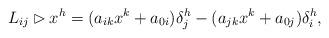
LaTeX: \begin{align*} L_{ij}\rhd x^h =(a_{ik}x^k+a_{0i})\delta^h_j -(a_{jk}x^k+a_{0j})\delta^h_i,\end{align*}